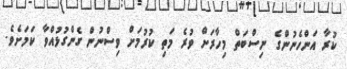
ކުރާ އަންހެނުންގެ ނިސްބަތް މިހާރަށް ވުރެ މަތި ކުރުމަށް ވިސްނުން ގެންގުޅުއްވާ ކަމަށެވެ.